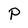
Character: P